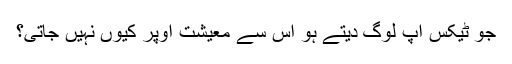
جو ٹیکس آپ لوگ دیتے ہو اس سے معیشت اوپر کیوں نہیں جاتی؟